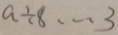
a \div 8 \cdots 3